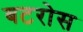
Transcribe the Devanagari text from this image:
बटरोस